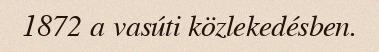
1872 a vasúti közlekedésben.